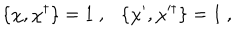
\{ \chi , \chi ^ { \dagger } \} = 1 ~ , \{ \chi ^ { \prime } , \chi ^ { \dagger } \} = 1 ~ ,